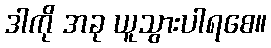
ဒါကို အခု ယူသွားပါရစေ။